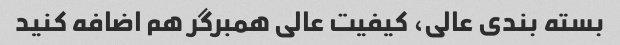
بسته بندی عالی، کیفیت عالی همبرگر هم اضافه کنید